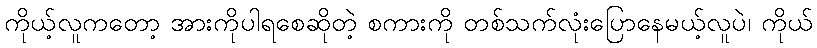
ကိုယ့်လူကတော့ အားကိုပါရစေဆိုတဲ့ စကားကို တစ်သက်လုံးပြောနေမယ့်လူပဲ၊ ကိုယ်